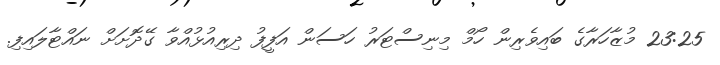
23:25 މުޒާހަރާގެ ބައިވެރިން ހޯމް މިނިސްޓަރު ހަސަން އަފީފު ދިރިއުޅުއްވާ ގޭދޮށަށް ނައްޓާލައިފި.